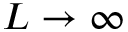
L \rightarrow \infty